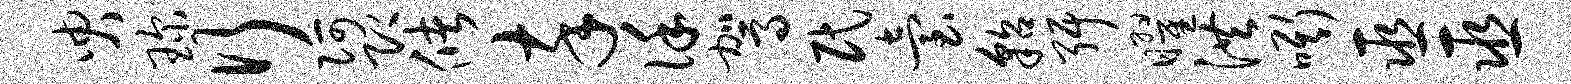
臾琛行阿即储卒谨驾民台貂弭曜洪嘶巫巫